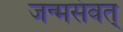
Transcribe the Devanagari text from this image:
जन्मसंवत्